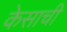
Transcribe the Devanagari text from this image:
केसाची